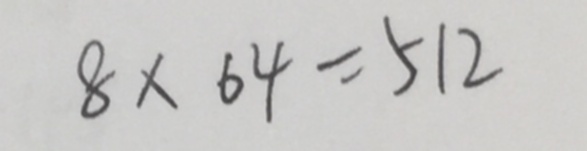
8 \times 6 4 = 5 1 2